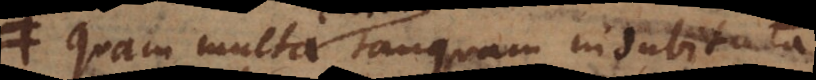
Quam multa enim tanquam indubitata